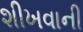
શીખવાની